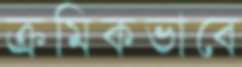
ক্রমিকভাবে